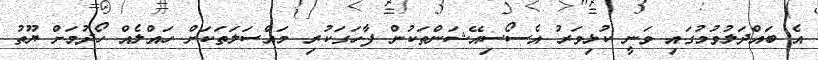
އެ ބައްދަލުވުމުގައި ވަނީ ކުޅިވަރު އެސޯސިއޭޝަންތަކުން ފާހަގަކުރި މައްސަލަތަކަށް ހައްލެއް ހޯދުމަށް ޔޫތު